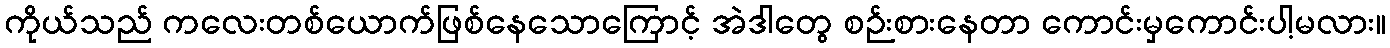
ကိုယ်သည် ကလေးတစ်ယောက်ဖြစ်နေသောကြောင့် အဲဒါတွေ စဉ်းစားနေတာ ကောင်းမှကောင်းပါ့မလား။